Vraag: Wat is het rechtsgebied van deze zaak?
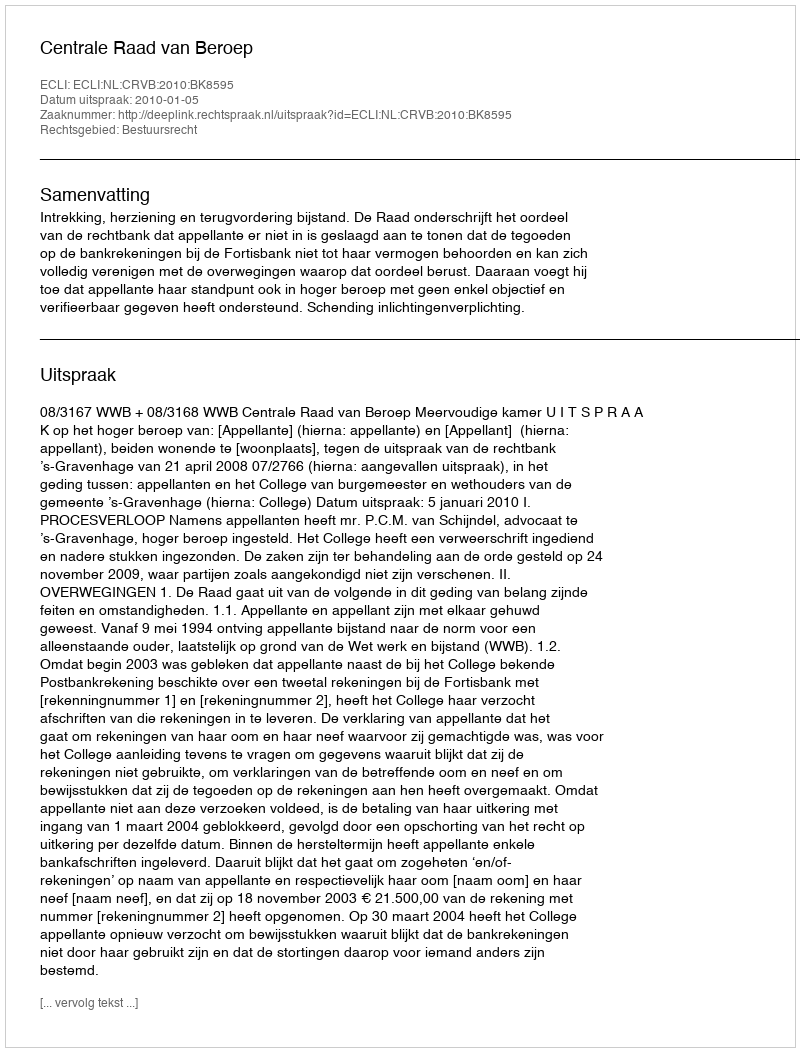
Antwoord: Bestuursrecht